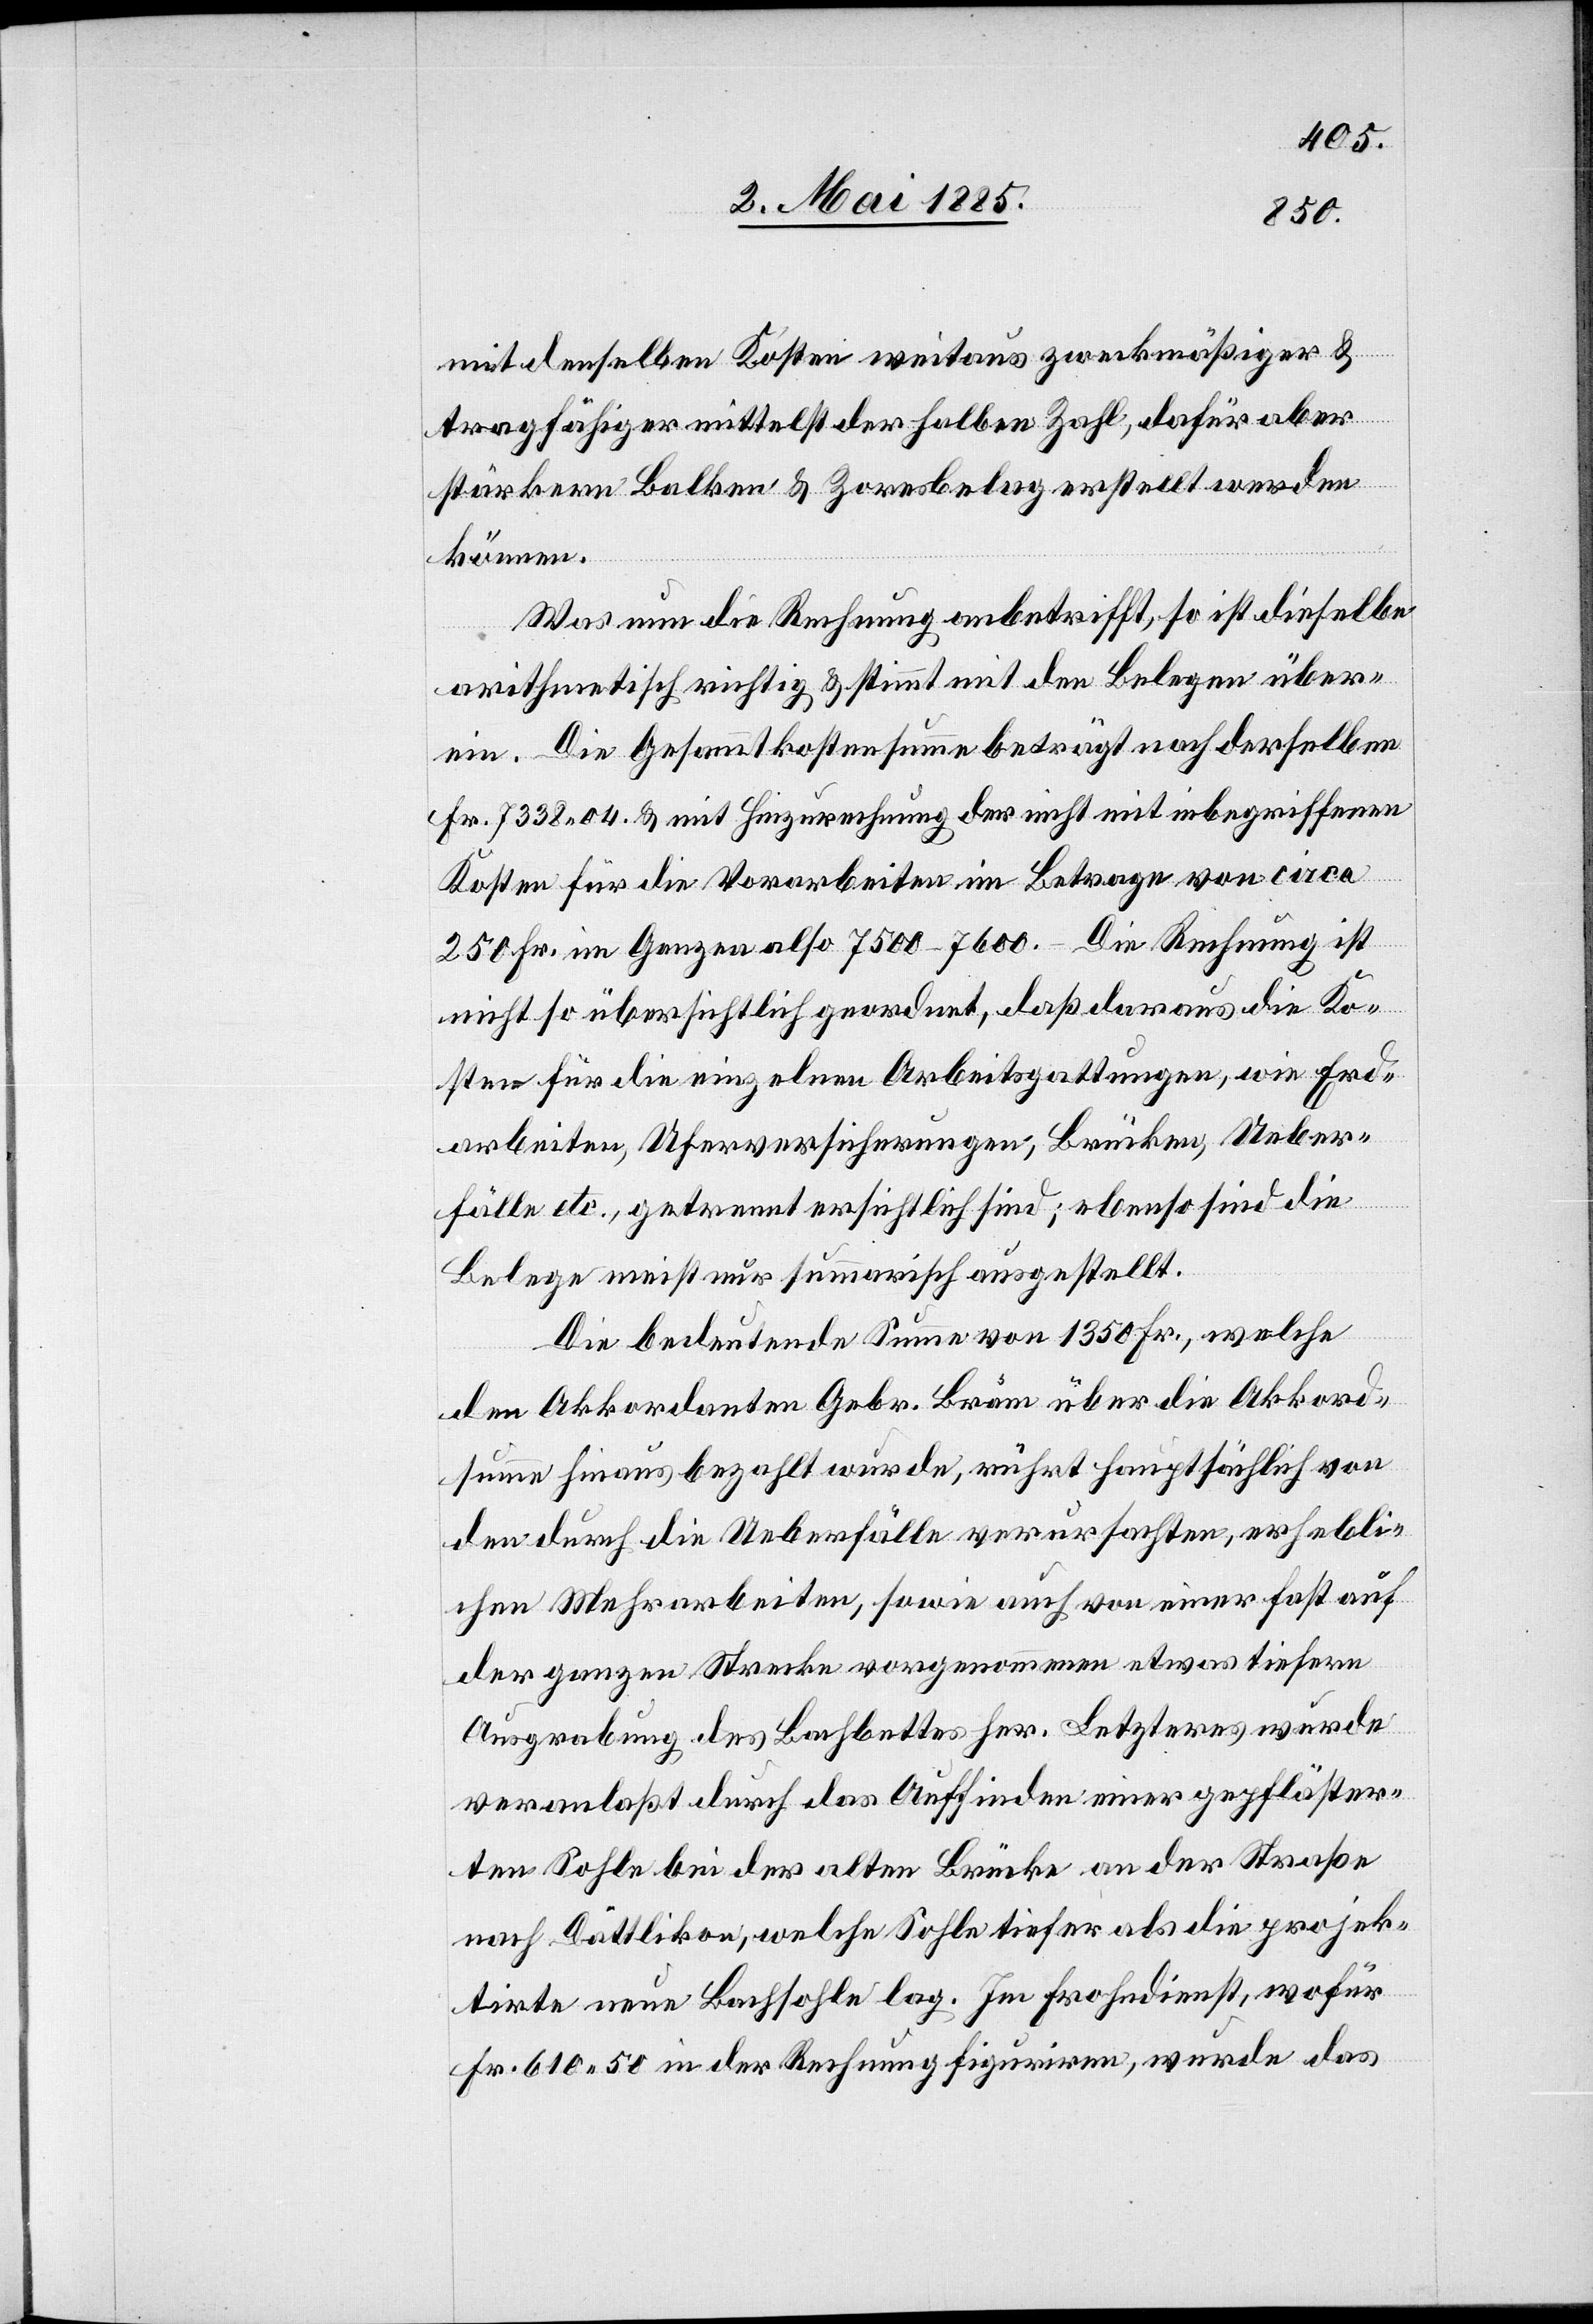
mit denselben Kosten weitaus zweckmäßiger &
tragfähiger mittelst der halben Zahl, dafür aber
stärkern Balken & Zoresbelag erstellt werden
können.
Was nun die Rechnung anbetrifft, so ist dieselbe
arithmetisch richtig & stimmt mit den Belegen über¬
ein. Die Gesammtkostensumme beträgt nach derselben
Fr. 7338 04 & mit Hinzurechnung der nicht mit inbegriffenen
Kosten für die Vorarbeiten im Betrage von circa
250 Fr. im Ganzen also 7500–7600. Die Rechnung ist
nicht so übersichtlich geordnet, daß daraus die Ko¬
sten für die einzelnen Arbeitsgattungen, wie Erd¬
arbeiten, Uferversicherungen, Brücken, Ueber¬
fälle etc., getrennt ersichtlich sind; ebenso sind die
Belege meist nur summarisch ausgestellt.
Die bedeutende Summe von 1350 Fr., welche
dem Akkordanten Gebr. Bräm über die Akkord¬
summe hinaus bezahlt wurde, rührt hauptsächlich von
den durch die Ueberfälle verursachten, erhebli¬
chen Mehrarbeiten, sowie auch von einer fast auf
der ganzen Strecke vorgenommenen etwas tiefern
Ausgrabung des Bachbettes her. Letzteres wurde
veranlaßt durch das Auffinden einer gepfläster¬
ten Sohle bei der alten Brücke an der Straße
nach Dättlikon, welche Sohle tiefer als die projek¬
tirte neue Bachsohle lag. Im Frohndienst, wofür
Fr. 610 50 in der Rechnung figuriren, wurde das